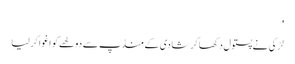
'
لڑکی نے پستول دکھا کر شادی کے منڈپ سے دولھے کو اغوا کر لیا